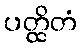
ပတ္ထိတံ